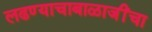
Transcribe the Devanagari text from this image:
लढण्याचाबाळाजींचा